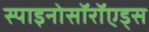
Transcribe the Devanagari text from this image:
स्पाइनोसॉरॉएड्स